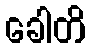
ခေါတိ